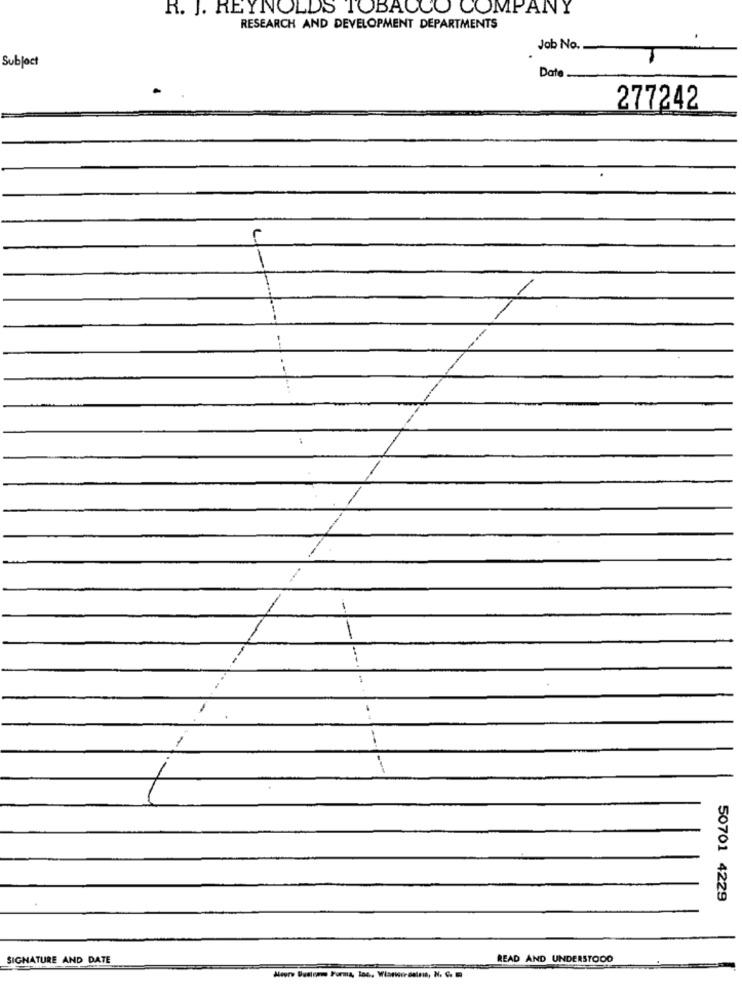
R. J. REYNOLDS TOBACCO COMPANY
RESEARCH AND DEVELOPMENT DEPARTMENTS
Job No.
Subject
Date
277242
50701 4229
SIGNATURE AND DATE
READ AND UNDERSTOOD